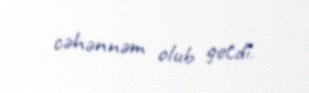
cəhənnəm olub getdi.